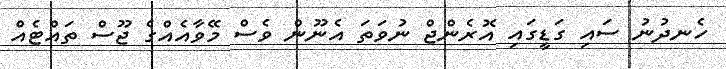
ހެނދުނު ސައި ގަޑީގައި އޮރެންޖް ނުވަތަ އެނޫން ވެސް މޭވާއެއްގެ ޖޫސް ތައްޓެއް